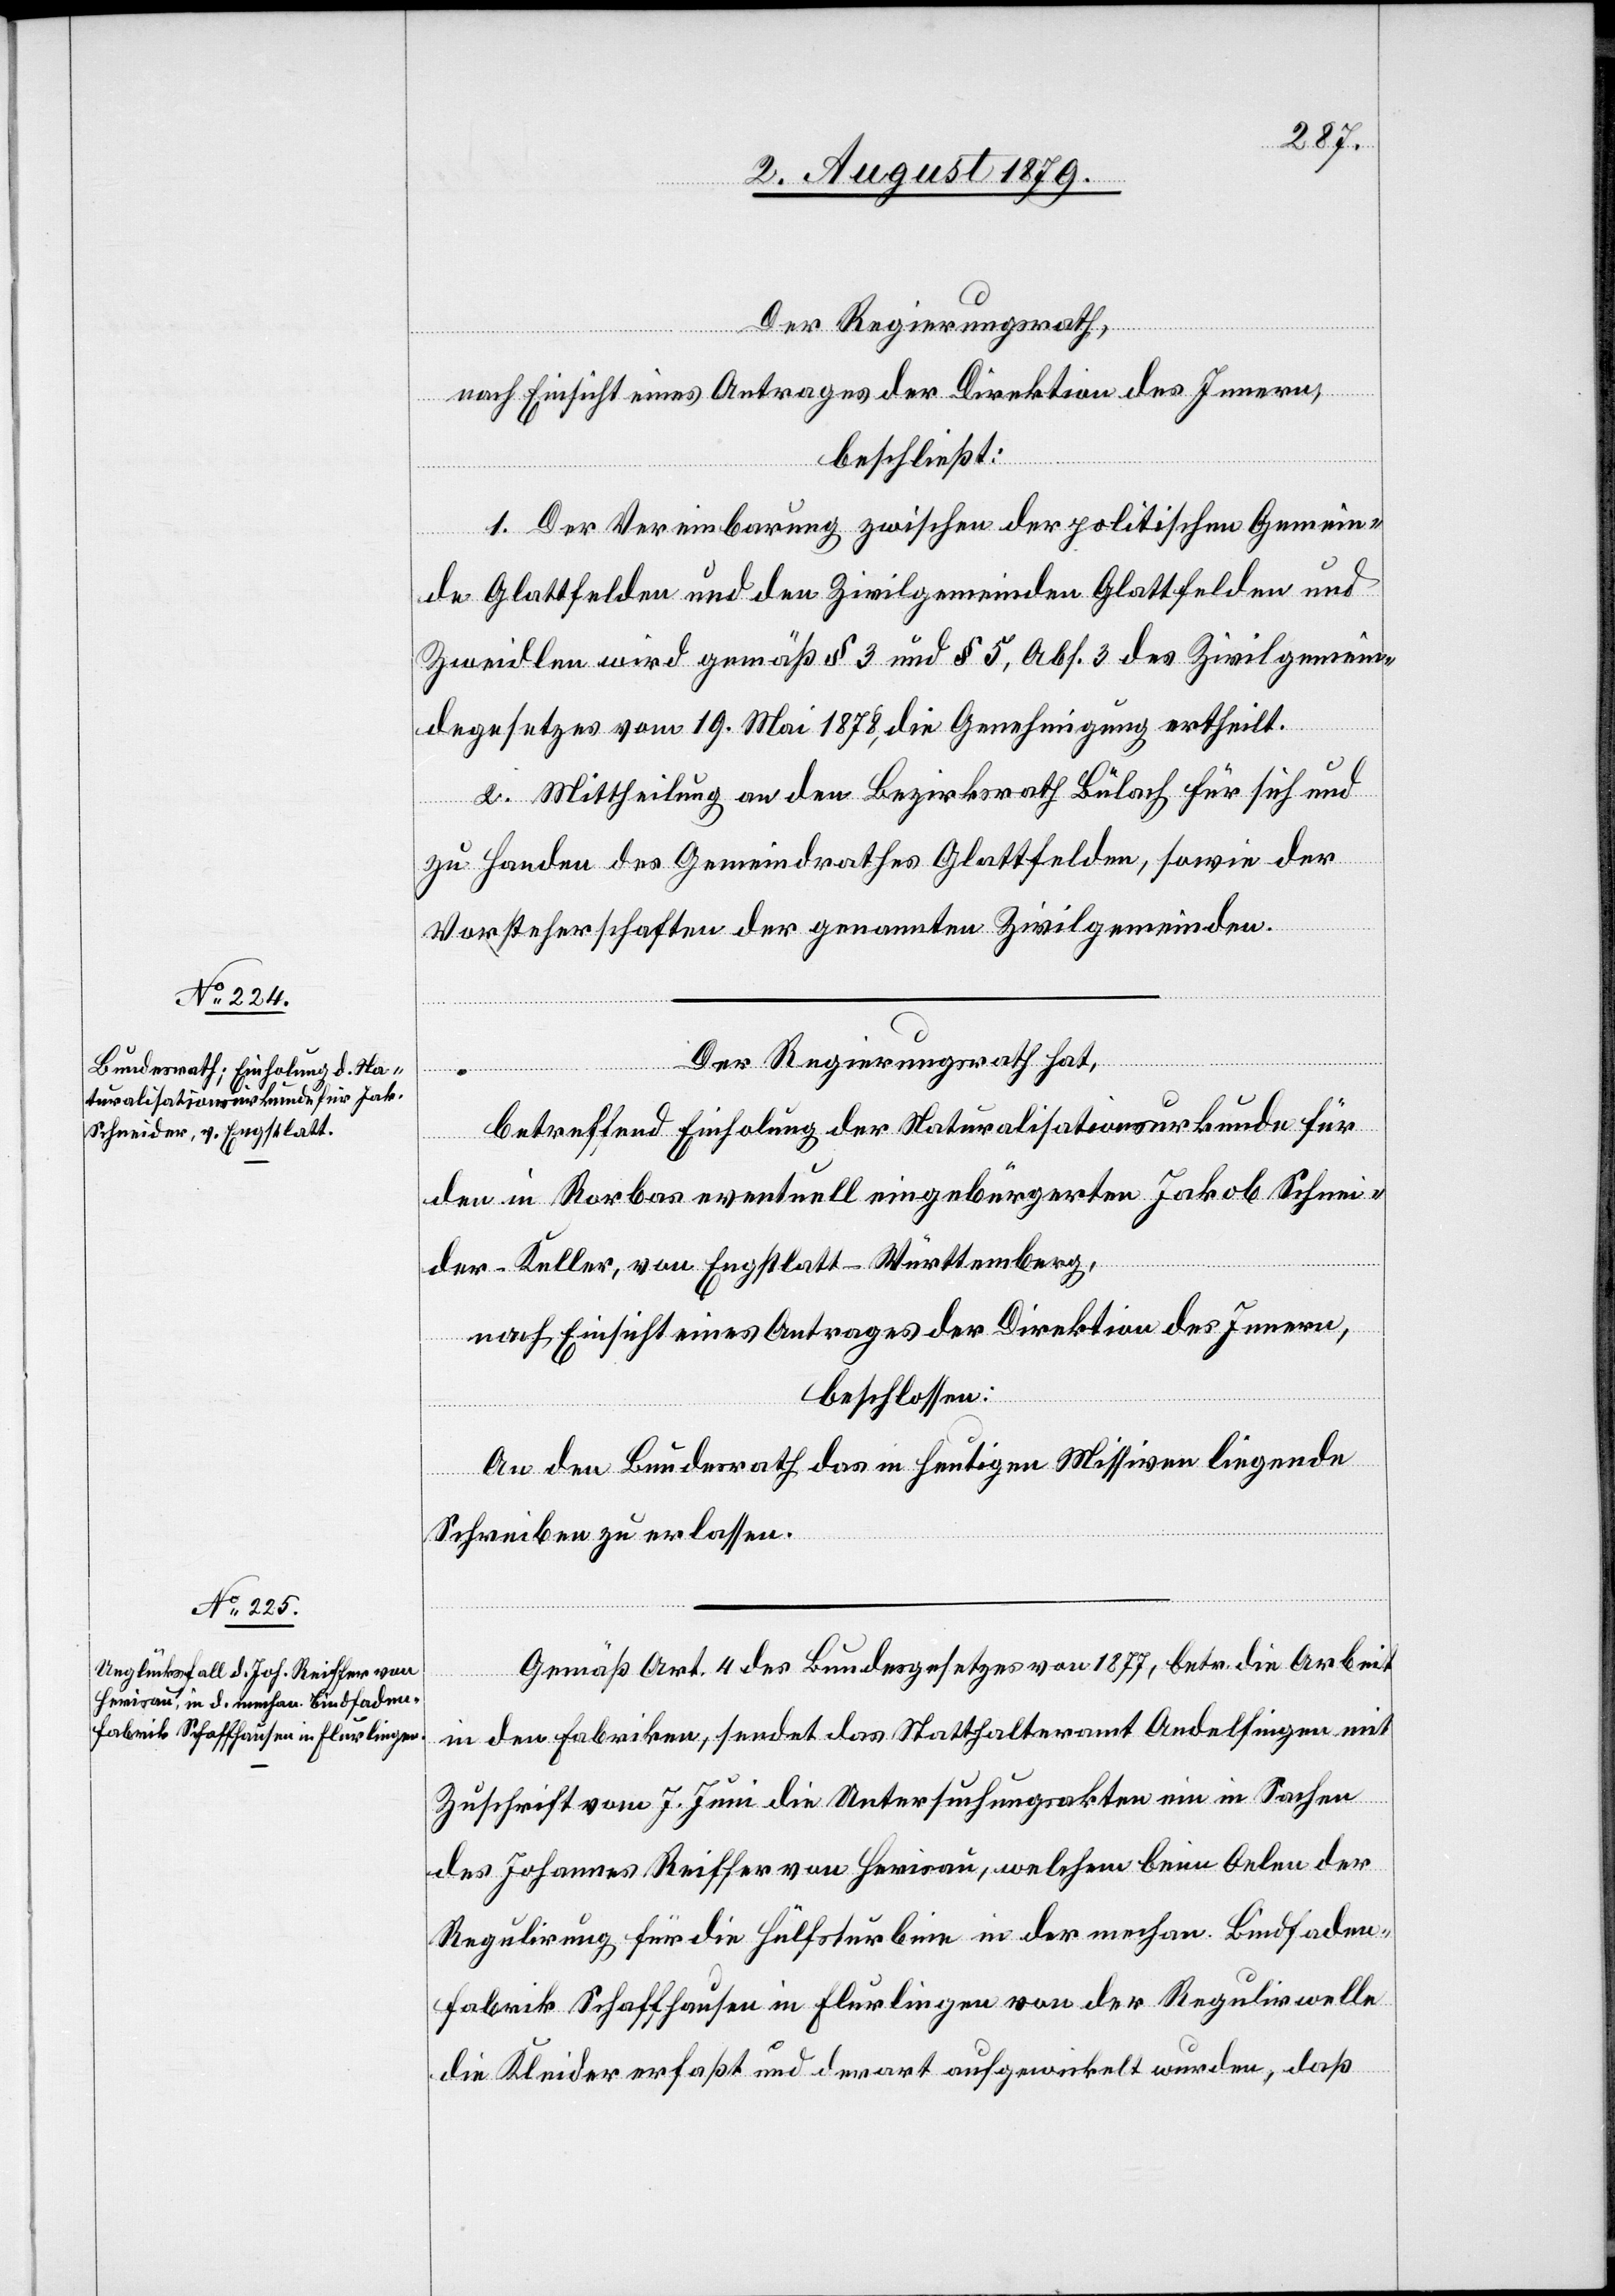
Der Regierungsrath,
nach Einsicht eines Antrages der Direktion des Innern,
beschließt:
1. Der Vereinbarung zwischen der politischen Gemein¬
de Glattfelden und den Zivilgemeinden Glattfelden und
Zweidlen wird gemäß § 3 und § 5, Abs. 3 des Zivilgemein¬
degesetzes vom 19. Mai 1878, die Genehmigung ertheilt.
2. Mittheilung an den Bezirksrath Bülach für sich und
zu Handen des Gemeindrathes Glattfelden, sowie der
Vorsteherschaften der genannten Zivilgemeinden.
Der Regierungsrath hat,
betreffend Einholung der Naturalisationsurkunde für
den in Rorbas eventuell eingebürgerten Jakob Schnei¬
der-Keller, von Engstlatt - Württemberg,
nach Einsicht eines Antrages der Direktion des Innern,
beschlossen:
An den Bundesrath das in heutigen Missiven liegende
Schreiben zu erlassen.
Gemäß Art. 4 des Bundesgesetzes von 1877, betr. die Arbeit
in den Fabriken, sendet das Statthalteramt Andelfingen mit
Zuschrift vom 7. Juni die Untersuchungsakten ein in Sachen
des Johannes Reiffer von Herisau, welchem beim Oelen der
Regulirung für die Hülfsturbine in der mechan. Bindfaden¬
fabrik Schaffhausen in Flurlingen von der Regulirwelle
die Kleider erfasst und derart aufgewickelt wurden, daß